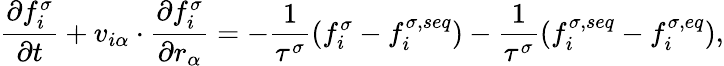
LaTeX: \frac{\partial f_{i}^{\sigma}}{\partial t}+v_{i\alpha}\cdot\frac{\partial f_{i}^{\sigma}}{\partial r_{\alpha}}=-\frac{1}{\tau^{\sigma}}(f_{i}^{\sigma}-f_{i}^{\sigma,seq})-\frac{1}{\tau^{\sigma}}(f_{i}^{\sigma,seq}-f_{i}^{\sigma,eq}),